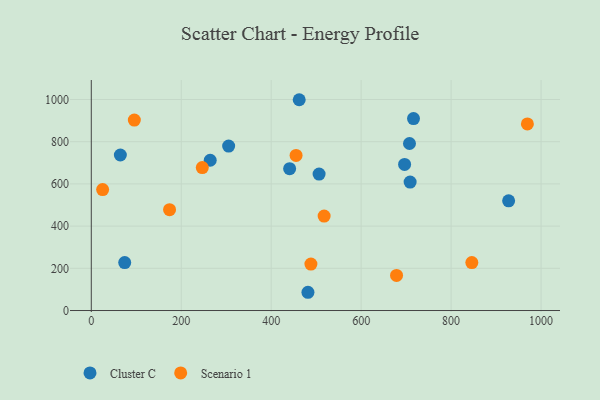
{"axis": {"x": "Investment", "y": "Sales"}, "legend": ["Cluster C", "Scenario 1"], "data": [{"x": "462.3", "y": 998.9, "type": "Cluster C"}, {"x": "696.6", "y": 692.1, "type": "Cluster C"}, {"x": "707.5", "y": 791.5, "type": "Cluster C"}, {"x": "716.4", "y": 909.8, "type": "Cluster C"}, {"x": "264.4", "y": 712.0, "type": "Cluster C"}, {"x": "708.9", "y": 608.8, "type": "Cluster C"}, {"x": "441.0", "y": 672.1, "type": "Cluster C"}, {"x": "305.4", "y": 779.1, "type": "Cluster C"}, {"x": "481.7", "y": 86.5, "type": "Cluster C"}, {"x": "927.9", "y": 520.0, "type": "Cluster C"}, {"x": "506.5", "y": 646.6, "type": "Cluster C"}, {"x": "64.6", "y": 736.9, "type": "Cluster C"}, {"x": "74.3", "y": 227.2, "type": "Cluster C"}, {"x": "455.3", "y": 735.2, "type": "Scenario 1"}, {"x": "488.3", "y": 219.9, "type": "Scenario 1"}, {"x": "678.7", "y": 166.3, "type": "Scenario 1"}, {"x": "95.7", "y": 902.5, "type": "Scenario 1"}, {"x": "846.1", "y": 227.3, "type": "Scenario 1"}, {"x": "969.6", "y": 884.1, "type": "Scenario 1"}, {"x": "246.8", "y": 677.6, "type": "Scenario 1"}, {"x": "174.0", "y": 478.1, "type": "Scenario 1"}, {"x": "517.7", "y": 447.7, "type": "Scenario 1"}, {"x": "25.2", "y": 573.3, "type": "Scenario 1"}]}